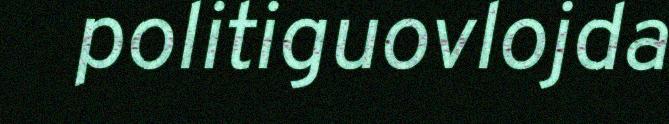
politiguovlojda